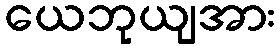
ယေဘုယျအား